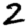
Digit: 2